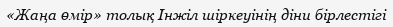
«Жаңа өмір» толық Інжіл шіркеуінің діни бірлестігі